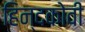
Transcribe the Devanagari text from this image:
हिन्दकोवी